Annual report of the Madras Medical College
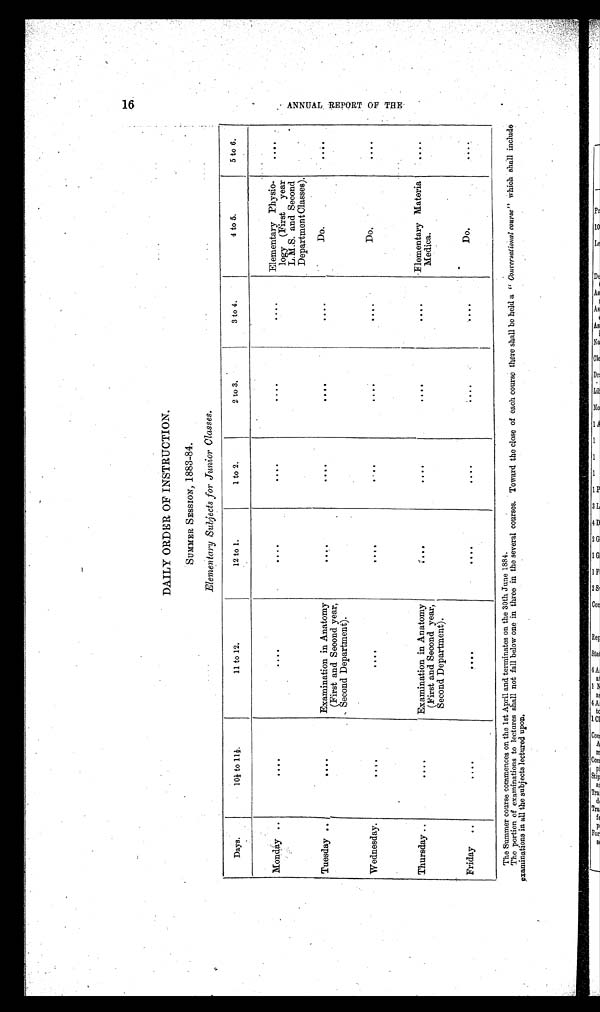
DAILY ORDER OF INSTRUCTION.
SUMMER SESSION, 1883–84.
Elementary Subjects for Junior Classes.
Days.
1 0 ½ t o 1 1 ½ .
11 to 12.
12 to 1.
1 to 2.
2 to 3.
3 to 4.
4 to 5.
5 to 6.
Monday ..
. . . .
. . . .
. . . .
....
. . . .
....
Elementary Physio-
logy (First year
L.M.S. and Second
Department Classes).
. . . .
Tuesday
. .
. . . .
Examination in Anatomy
(First and Second year,
Second Department).
....
....
. . . .
....
Do.
. . . .
Wednesday.
. . . .
....
. . . .
. . . .
. . . .
. . . .
Do.
. . . .
Thursday ..
....
Examination in Anatomy
(First and Second year,
Second Department).
. . . .
. . . .
. . . .
. . . . Flementary
M a t e r i a l
Medica.
. . . .
Friday ..
. . . .
. . . .
. . . .
. . . .
. . . .
Do.
. . . .
The Summer course commences on the 1st April and terminates on the 30th June 1884.
The portion of examinations to lectures shall not fall below one in three in the several courses. Toward the close of each course there shall be held a " Conversational course" which shall include
examinations in all the subjects lectured upon,
16
A N N U A LR E P O R T O F T H E